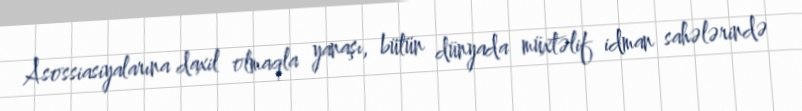
Asossiasiyalarına daxil olmaqla yanaşı, bütün dünyada müxtəlif idman sahələrində